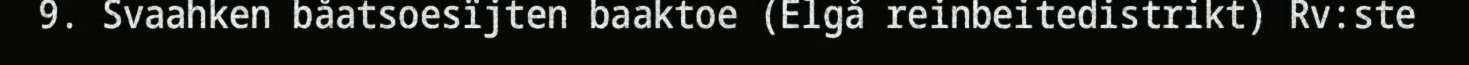
9. Svaahken båatsoesïjten baaktoe (Elgå reinbeitedistrikt) Rv:ste